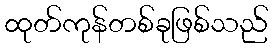
ထုတ်ကုန်တစ်ခုဖြစ်သည်